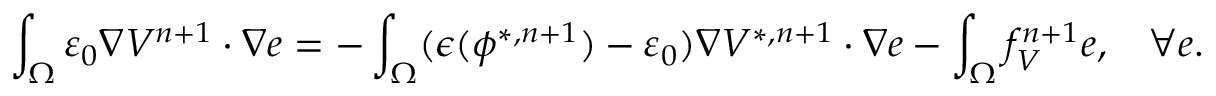
\small \int _ { \Omega } \varepsilon _ { 0 } \nabla V ^ { n + 1 } \cdot \nabla e = - \int _ { \Omega } ( \epsilon ( \phi ^ { * , n + 1 } ) - \varepsilon _ { 0 } ) \nabla V ^ { * , n + 1 } \cdot \nabla e - \int _ { \Omega } f _ { V } ^ { n + 1 } e , \quad \forall e .